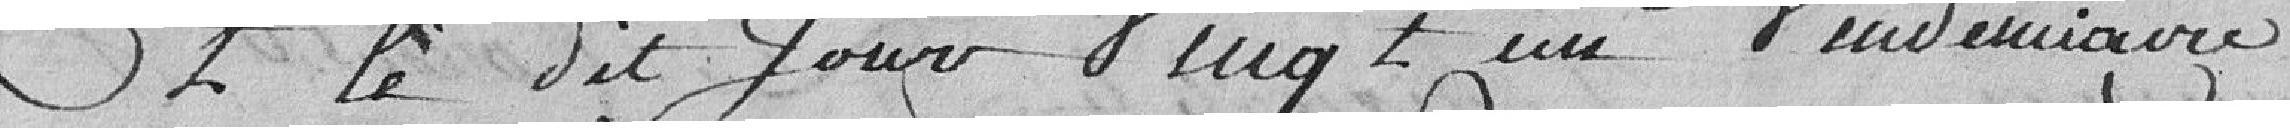
& le dit jour vingt un Vendémiaire